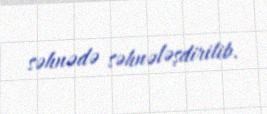
səhnədə səhnələşdirilib.